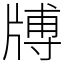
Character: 牔